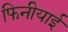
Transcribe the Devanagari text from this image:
फिनीयाई